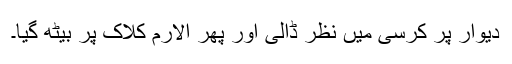
دیوار پر کرسی میں نظر ڈالی اور پھر الارم کلاک پر بیٹھ گیا۔